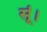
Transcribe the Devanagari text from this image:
सूं।